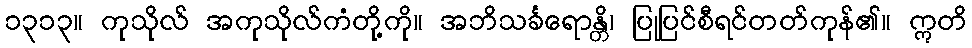
၁၃၁၃။ ကုသိုလ် အကုသိုလ်ကံတို့ကို။ အဘိသင်္ခရောန္တိ၊ ပြုပြင်စီရင်တတ်ကုန်၏။ ဣတိ